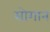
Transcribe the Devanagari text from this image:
सोगान